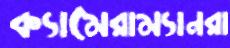
ক্যামেরাম্যানরা